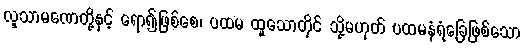
လူသာမဏေတို့နှင့် ရော၍ဖြစ်စေ၊ ပထမ ထူသောတိုင် သို့မဟုတ် ပထမနံရံခြေဖြစ်သော